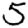
Digit: 5